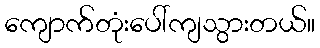
ကျောက်တုံးပေါ်ကျသွားတယ်။